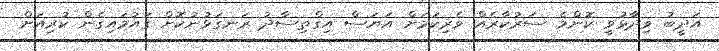
އަދީބު ވިދާޅުވީ ކޮންމެ ސަރުކާރެއް ވެރިކަމަށް އަޔަސް އިގްތިސާދު ރަނގަޅުނުކޮށް ގައުމައިގެން ކުރިއަށް